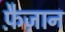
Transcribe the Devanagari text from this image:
फ़ैज़ान